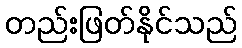
တည်းဖြတ်နိုင်သည်